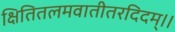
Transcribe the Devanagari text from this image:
क्षितितलमवातीतरदिदम्।।